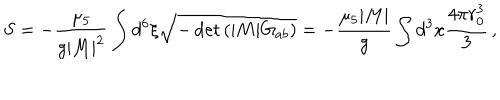
LaTeX: S = - \frac { \mu _ { 5 } } { g | M | ^ { 2 } } \int d ^ { 6 } \xi \sqrt { - \det \left( | M | G _ { a b } \right) } = - \frac { \mu _ { 5 } | M | } { g } \int d ^ { 3 } x \frac { 4 \pi r _ { 0 } ^ { 3 } } { 3 } \, ,